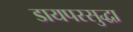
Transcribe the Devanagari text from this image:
डायपरसुद्धा